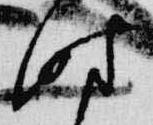
時